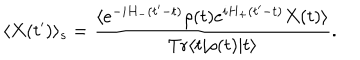
LaTeX: \langle X ( t ^ { \prime } ) \rangle _ { s } = \frac { \langle e ^ { - i H _ { - } ( t ^ { \prime } - t ) } \rho ( t ) e ^ { i H _ { + } ( t ^ { \prime } - t ) } X ( t ) \rangle } { \mathrm { T r } \langle t | \rho ( t ) | t \rangle } .